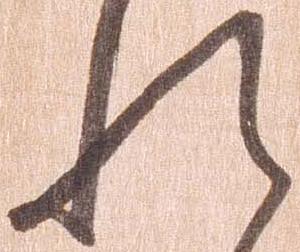
れ